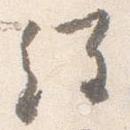
経